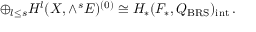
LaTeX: \oplus _ { l \le s } { \cal H } ^ { l } ( X , \wedge ^ { s } E ) ^ { ( 0 ) } \cong H _ { * } ( { \cal F } _ { * } , Q _ { \mathrm { B R S } } ) _ { \mathrm { i n t } } \, .